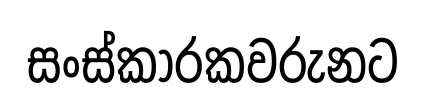
සංස්කාරකවරුනට